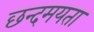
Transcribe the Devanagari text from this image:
छन्दमयता